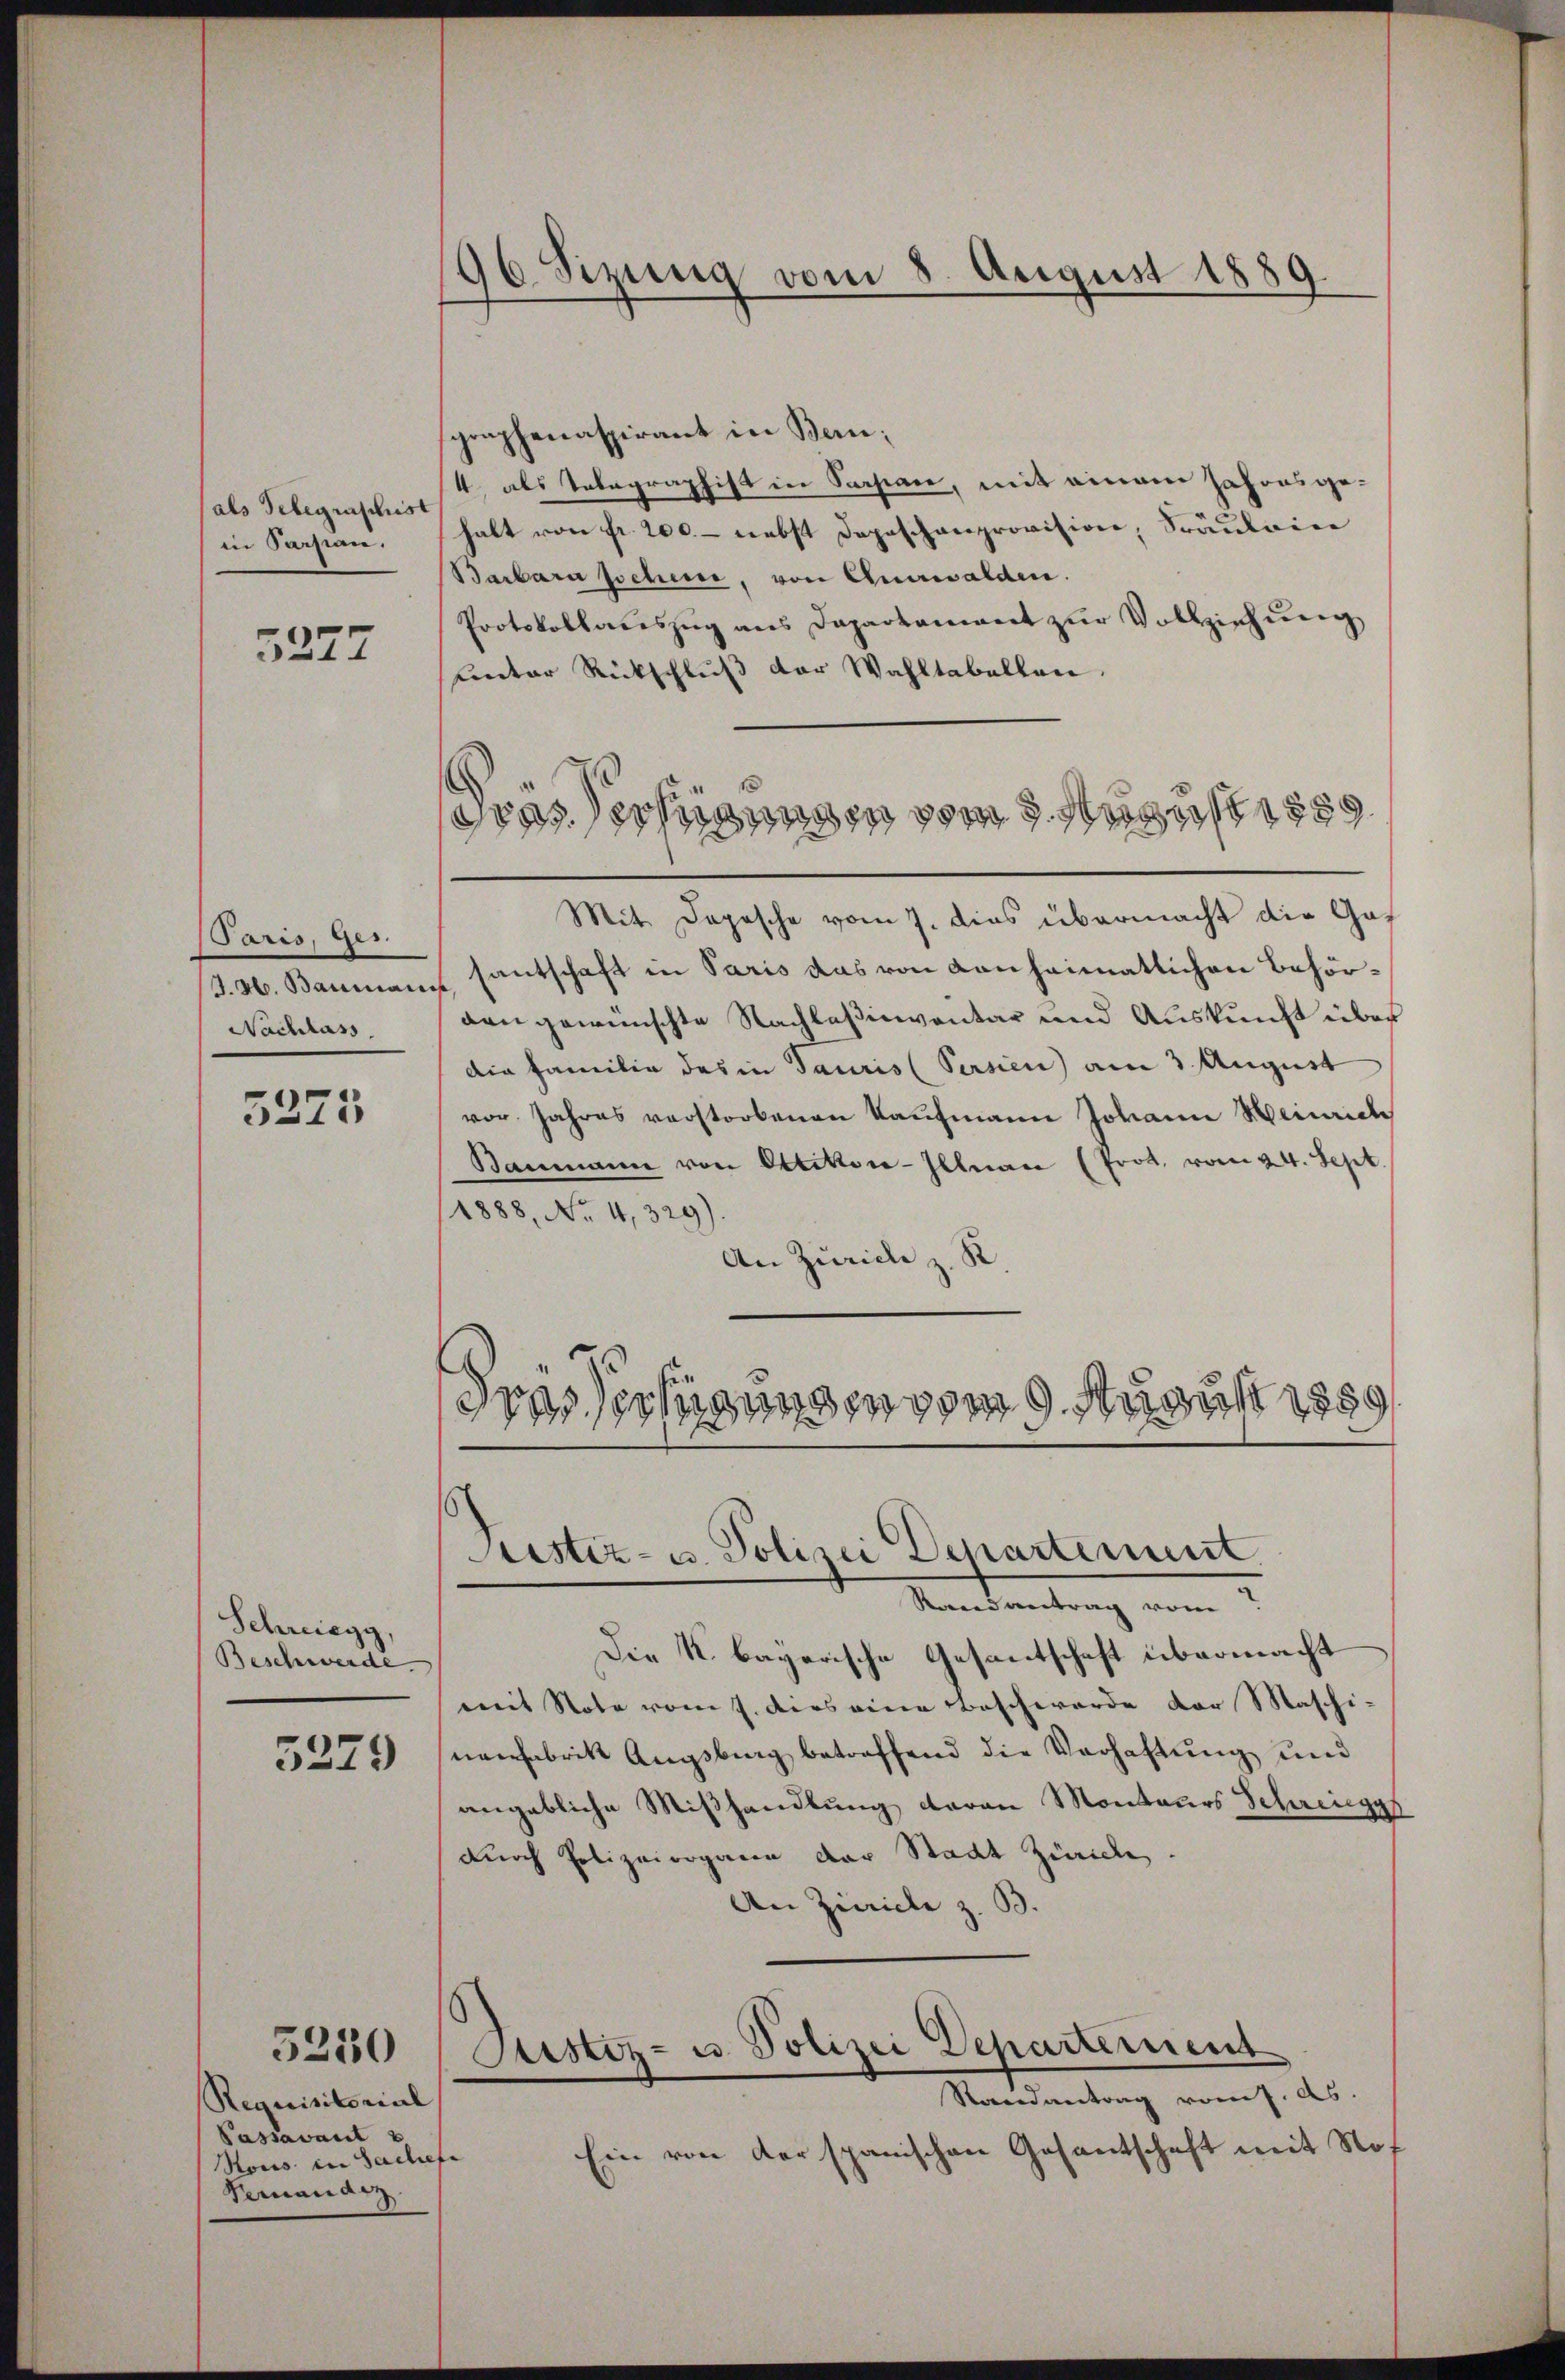
als Telegenschrist
in Parsian.

3227

Paris, Ges.
J. M. Baumais
Nachlass.

5325

Schwiegg,
Beschwerde.

5279

Requisitorial
Passavant u
Rons. in Sachefe
Feinandez

5250

96 Sizung vom 8. August 1889

Dras Verfügungen vom 9. August 1889

sgraphenaspirant in Ben¬
4 als Telegraphist in Sarpan, mit einem Jahonsgehalt von Fr. 200. – nebst Depeschenprovision, Fräulein
Barbara pochen, von Anwalden.
Protokollauszug aus Dapartament zŭr Vollziehung
unter Rückschluß der Wahltabellen.
Mit Depesche vom 7. dies übermacht die Gasantschaft in Paris das von Kanheimatlichen Behörden gewünschte Nachlaßinventar und Auskunft über
die Familie des in Tauris (Persien am 3. August
vor Jahres verstorbenen Kaufmann Johann Heinrich
Baumann von Ottikon-Illnau (Prot. vom 24. Sept.
1888, No 4,329).
An Zürich z. K
drissessigungen vom 9. August 1859
Justiz- u. Polizei Departement
Randantrag vom
Die K. bayerische Gesandtschaft übermacht
mit Note vom 7. dies eine Beschwerde der Maschinenfabrik Augsburg betreffend die Verhaftung und
angebliche Mißhandlung daran Montairs Schringes
durch Polizeiorgaren der Stadt Zürich.
An Zürich z. B.
Sistiz- u. Polizei Departement
Randantrag vom 7. ds.
Ein von der spanischen Gesantschaft mit Nof